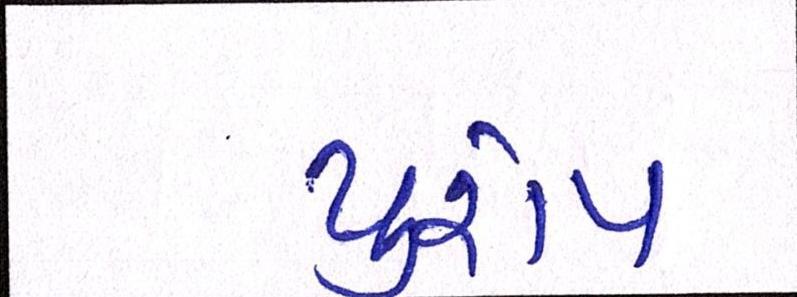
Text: યુરોપ